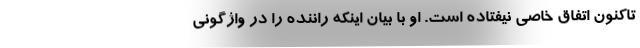
تاکنون اتفاق خاصی نیفتاده است. او با بیان اینکه راننده را در واژگونی